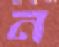
ন